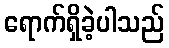
ရောက်ရှိခဲ့ပါသည်